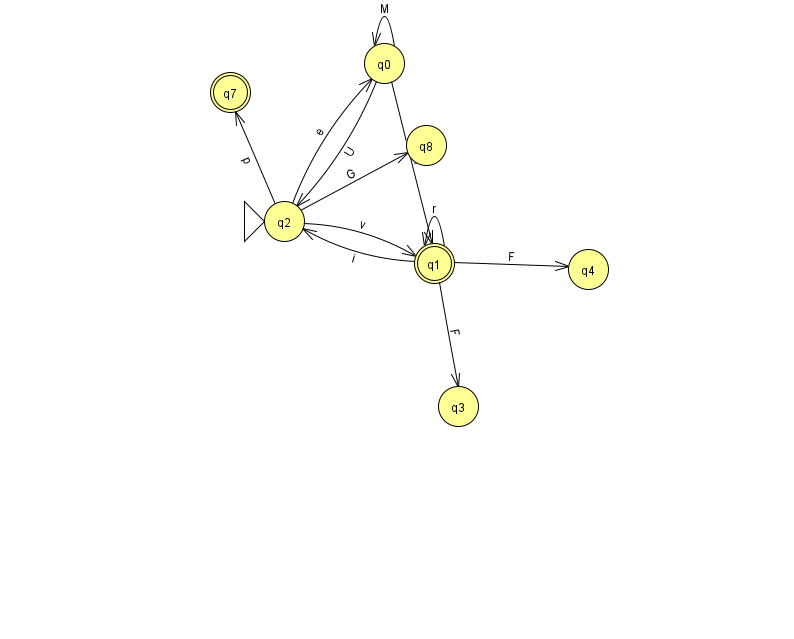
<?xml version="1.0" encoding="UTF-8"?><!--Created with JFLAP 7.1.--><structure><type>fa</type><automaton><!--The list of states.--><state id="0" name="q0"><x>384.0</x><y>50.0</y></state><state id="1" name="q1"><x>434.0</x><y>250.0</y><final/></state><state id="2" name="q2"><x>284.0</x><y>208.0</y><initial/></state><state id="3" name="q3"><x>458.0</x><y>393.0</y></state><state id="4" name="q4"><x>588.0</x><y>256.0</y></state><state id="7" name="q7"><x>230.0</x><y>79.0</y><final/></state><state id="8" name="q8"><x>426.0</x><y>132.0</y></state><!--The list of transitions.--><transition><from>2</from><to>8</to><read>G</read></transition><transition><from>1</from><to>1</to><read>r</read></transition><transition><from>2</from><to>1</to><read>v</read></transition><transition><from>0</from><to>2</to><read>U</read></transition><transition><from>2</from><to>0</to><read>e</read></transition><transition><from>2</from><to>7</to><read>p</read></transition><transition><from>0</from><to>1</to><read>h</read></transition><transition><from>1</from><to>3</to><read>F</read></transition><transition><from>1</from><to>2</to><read>i</read></transition><transition><from>1</from><to>4</to><read>F</read></transition><transition><from>0</from><to>0</to><read>M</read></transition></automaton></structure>